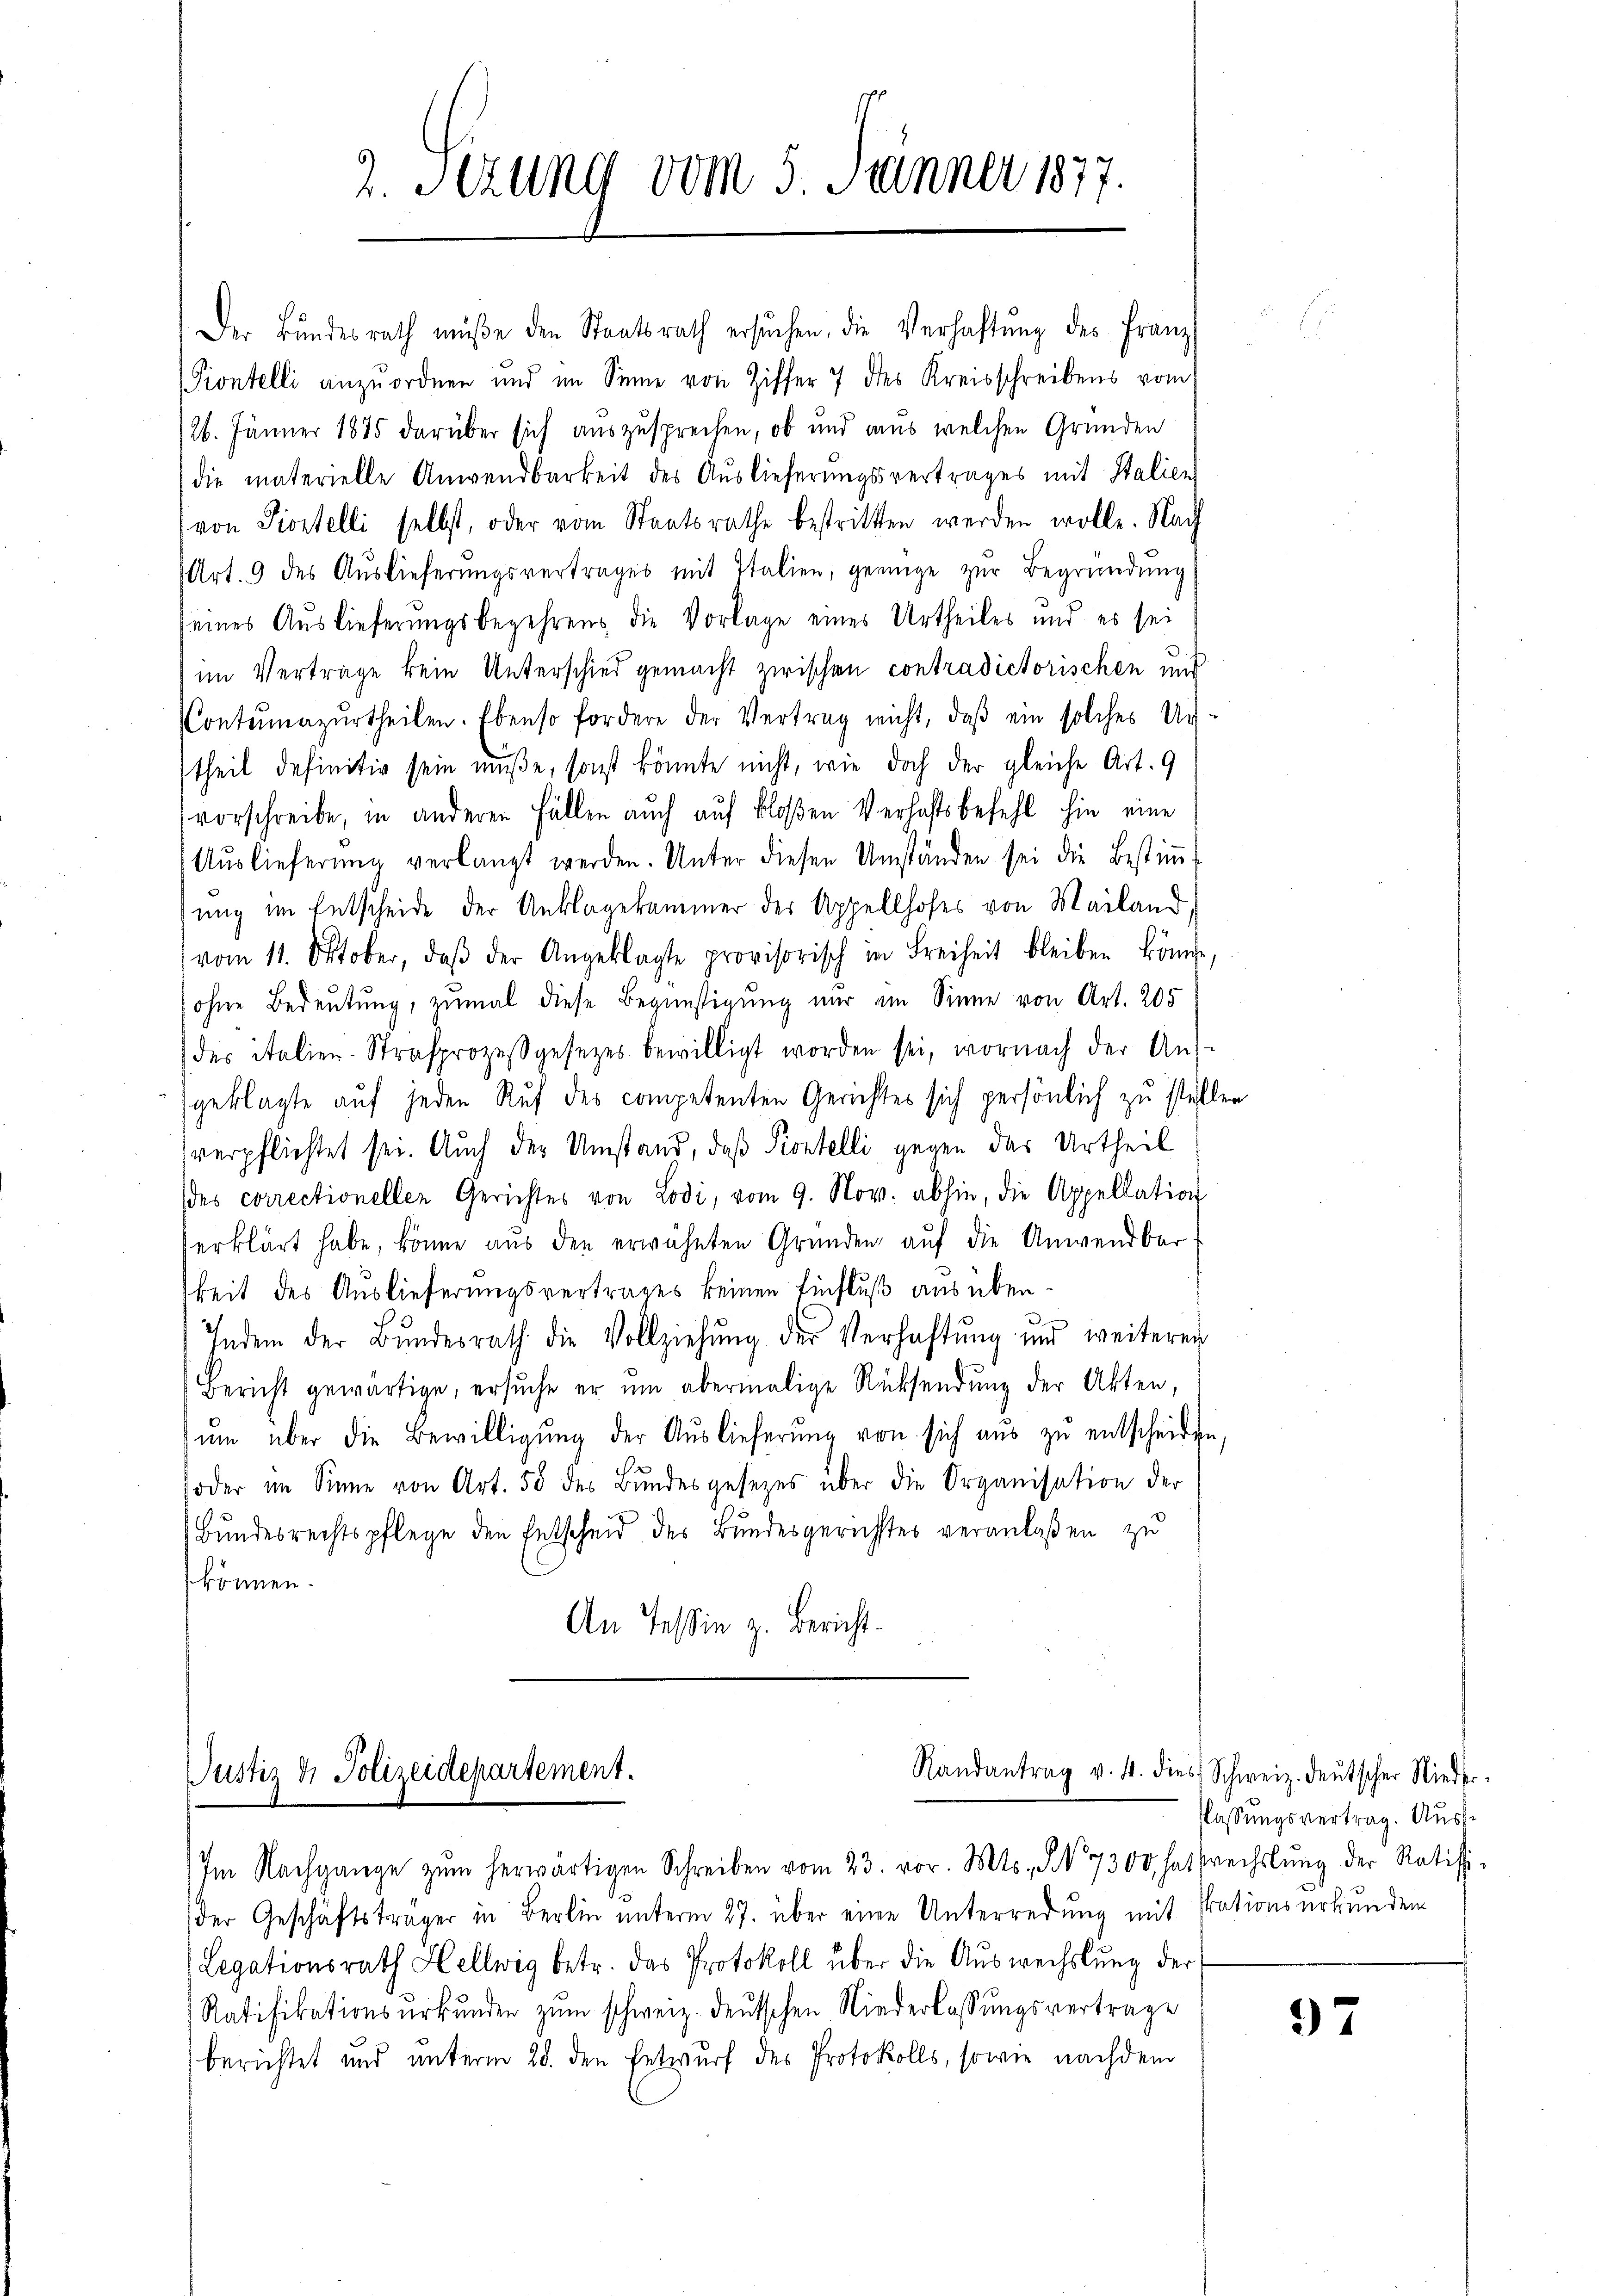
2. Jezung vom 5. Jänner 1877.

Der Bundesrath müße den Staatsrath ersuchen, die Verhaftung des Franz
Piontelli anzŭordnen und im Sinne von Ziffer 7 des Kreisschreibens vom
/26. Jänner 1885 darüber sich auszusprechen, ob und aus welchen Gründen
die materielle Anwendbarkeit des Auslieferungsvertrages mit Stalien
von Piostelli selbst, oder vom Staatsrathe bestritten werden wolle. Nach
Art. 9 des Auslieferŭngsvertrages mit Italien, genüge zŭr Begründung
seines Auslieferungsbegehrens die Vorlage eines Urtheiles und es sei
im Verträge kein Unterschied gemacht zwischen contradictorischen und
Contumazurtheilen. Ebenso fordere der Vertrag nicht, daß ein solches Ur-
theil definitiv sein müße, sonst könnte nicht, wie doch der gleiche Art. 9
vorschreibe, in anderen Fällen auch auf bloßen Verhaftsbefehl hin eine
Aŭslieferung verlangt werden. Unter diesen Umständen sei die Bestiṁ-
ung im Entscheide der Unklagekammer der Appellhofes von Mailand
vom 11. Oktober, daβ der Angeklagte provisorisch in Freiheit bleiben könne,
sohne Bedeutung, zumal diese Begünstigung nur ein Sinne von Art. 205
der italien-Strafprozessgesetzes bewilligt worden sei, wornach der Aus-
geklagte auf jeden Ruf des competenten Gerichtes sich persönlich zu stellen
verpflichtet sei. Auch der Umstand, daß Pontelli gegen des Urtheil
(des correctionellen Gerichtes von Lodi, vom 9. Nov. abhin, die Appellation
erklärt habe, könne aus den erwähnten Gründen auf die Anwendbarkeit des Auslieferungsvertrages keinen Einfluß ausüben¬
Indem der Bŭndesrath die Vollziehŭng der Verhaltŭng und weiteren
Bericht gewärtige, ersuche er um abermalige Rücksendung der Akten,
ŭm über die Bewilligŭng der Aŭslieferŭng von sich aŭs zŭ entscheiden,
soder im Sinne von Art. 50 des Bŭndesgesezes über die Organisation der
(Bundesrechtspflege den Entscheid des Bundesgerichtes veranlaßen zu
können.
An Tessin z. Bericht.

Justiz & Polizeidepartement.

Im Nachgange zŭm herwärtigen Schreiben vom 23. vor. Mts., § 7300 hat sechslung der Ratifi-
der Geschäftsträger in Berlin unterm 27. über eine Unterredung mit Grationsurkunden
(Legationsrath Hellwig betr. das Protokoll über die Auswechslung der
Ratifikationsurkunden zum schweiz. Deutschen Niederlassungsvertrage
berichtet und unterm 28. den Entwurf des Protokolls, sowie nachdem

Randantrag v. 4. dies Schweiz. deutscher Nieder¬

flassungsvertrag. Aus¬

37